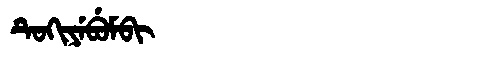
Manchu: ᡨᡠᡴᡳᠶᡝᠪᡠᠮᠪᡳ
Romanization: TUKIYEBUMBI